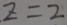
z = 2